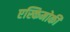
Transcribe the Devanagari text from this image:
एस्किमोकी